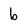
Character: b